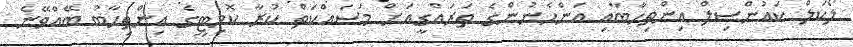
ލޯކަލް ކައުންސިލް އިންތިހާބާއި އަންހެނުންގެ ތަރައްގީއަށް މަސައްކަތް ކުރާ ކޮމިޓީގެ އިންތިހާބު ބޭއްވޭނެ